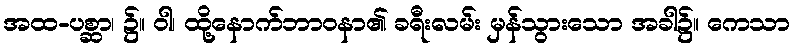
အထ-ပစ္ဆာ၊ ၌။ ဝါ၊ ထို့နောက်ဘာဝနာ၏ ခရီးလမ်း မှန်သွားသော အခါ၌။ ကေသာ